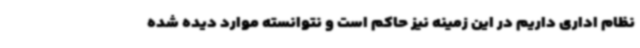
نظام اداری داریم در این زمینه نیز حاکم است و نتوانسته موارد دیده شده